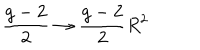
LaTeX: { \frac { g - 2 } { 2 } } \to { \frac { g - 2 } { 2 } } R ^ { 2 }